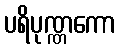
ပရိပုဏ္ဏကော